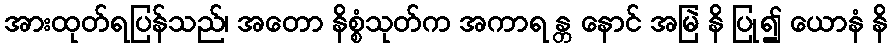
အားထုတ်ရပြန်သည်၊ အတော နိစ္စံသုတ်က အကာရ န္တ နောင် အမြဲ နိ ပြု၍ ယောနံ နိ